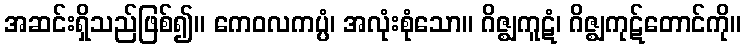
အဆင်းရှိသည်ဖြစ်၍။ ကေဝလကပ္ပံ၊ အလုံးစုံသော။ ဂိဇ္ဈကူဋံ၊ ဂိဇ္ဈကုဋ်တောင်ကို။